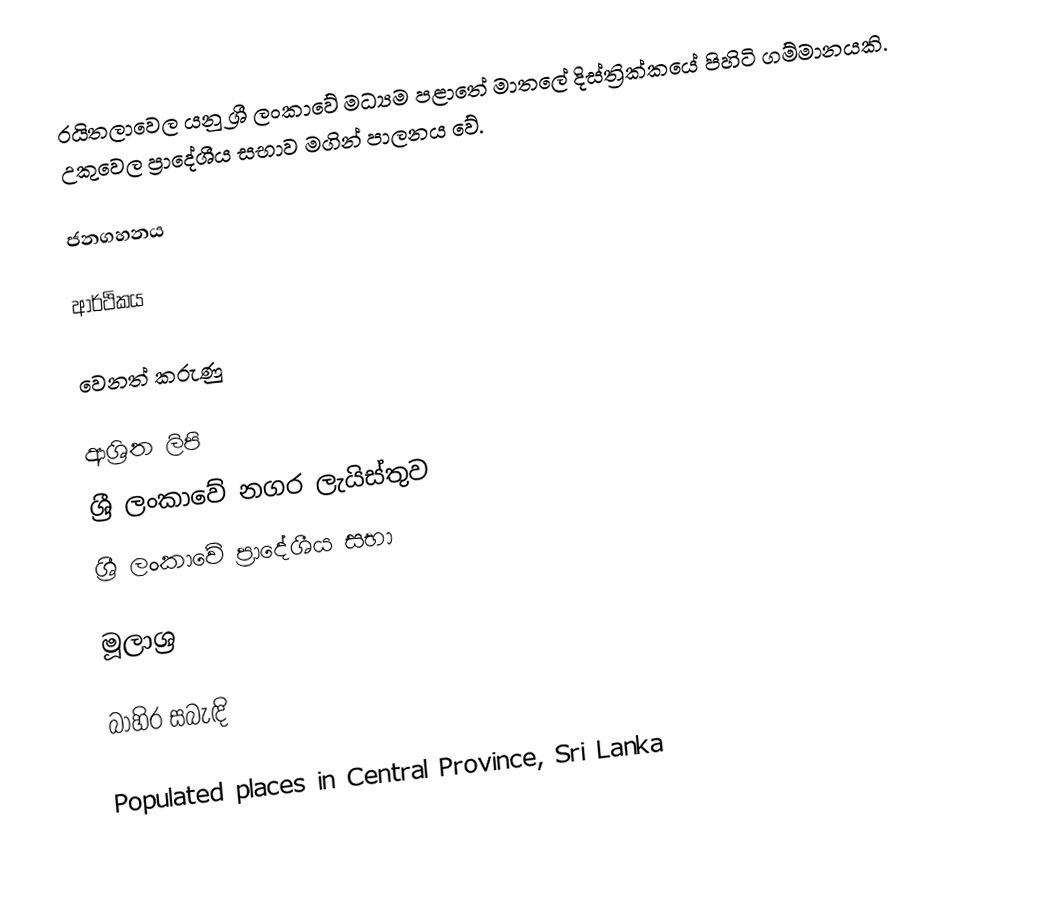
රයිතලාවෙල යනු ශ්‍රී ලංකාවේ මධ්‍යම පළාතේ මාතලේ දිස්ත්‍රික්කයේ පිහිටි  ගම්මානයකි. උකුවෙල ප්‍රාදේශීය සභාව මගින් පාලනය වේ.

ජනගහනය

ආර්ථිකය

වෙනත් කරුණු

ආශ්‍රිත ලිපි
 ශ්‍රී ලංකාවේ නගර ලැයිස්තුව
 ශ්‍රී ලංකාවේ ප්‍රාදේශීය සභා

මූලාශ්‍ර

බාහිර සබැඳි

Populated places in Central Province, Sri Lanka